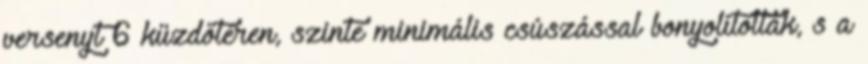
versenyt 6 küzdőtéren, szinte minimális csúszással bonyolították, s a